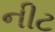
નીટ